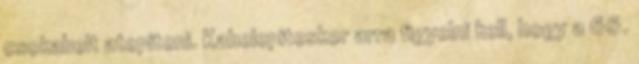
csokabelt atepiteni. Kabelepiteskor arra figyelni kell, hogy a 66.